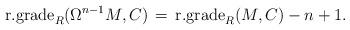
LaTeX: \begin{align*}\textrm{r.grade}_R(\Omega^{n-1} M, C) \, = \, \textrm{r.grade}_R(M, C) - n + 1.\end{align*}